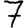
Digit: 7